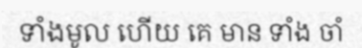
ទាំងមូល ហើយ គេ មាន ទាំង ចាំ